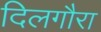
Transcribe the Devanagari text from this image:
दिलगौरा